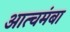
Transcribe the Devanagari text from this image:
आत्चमंबा